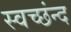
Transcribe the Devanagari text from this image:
स्वच्छंन्द